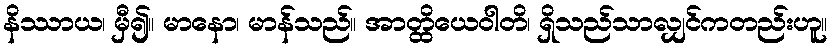
နိဿာယ၊ မှီ၍။ မာနော၊ မာန်သည်။ အာတ္ထိယေဝါတိ၊ ရှိသည်သာလျှင်ကတည်းဟူ။